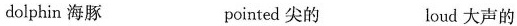
dolphin 海豚 pointed 尖的 loud 大声的